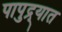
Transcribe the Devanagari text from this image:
पापुद्र्यात